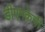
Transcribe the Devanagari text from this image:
डीएमकेची